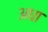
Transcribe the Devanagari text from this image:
अधा